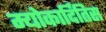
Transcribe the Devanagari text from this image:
म्योकार्दितिस